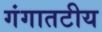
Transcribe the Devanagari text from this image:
गंगातटीय